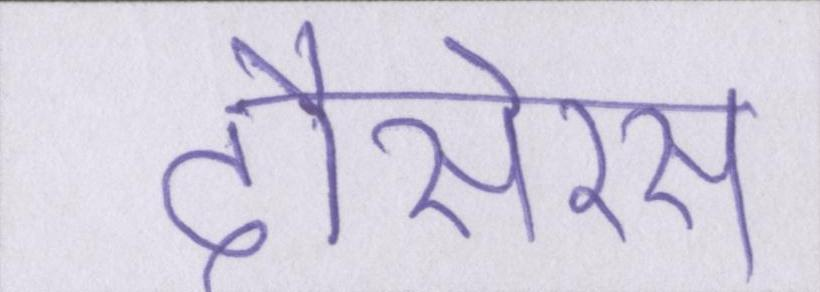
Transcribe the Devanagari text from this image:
दौसेरस